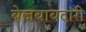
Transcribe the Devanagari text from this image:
बेजबाबदारी